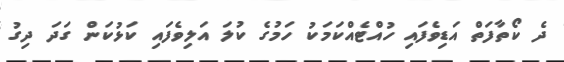
ދެ ކޯތާފަތް އަޑިވެފައި ހުއްޓެއްކަމަކު ހަމުގެ ކުލަ އަލިވެފައި ކަޅުކަން ގަދަ ދިގު